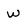
Character: W